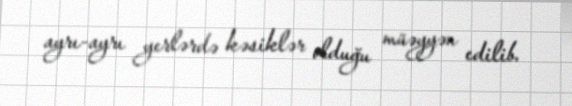
ayrı-ayrı yerlərdə kəsiklər olduğu müəyyən edilib.